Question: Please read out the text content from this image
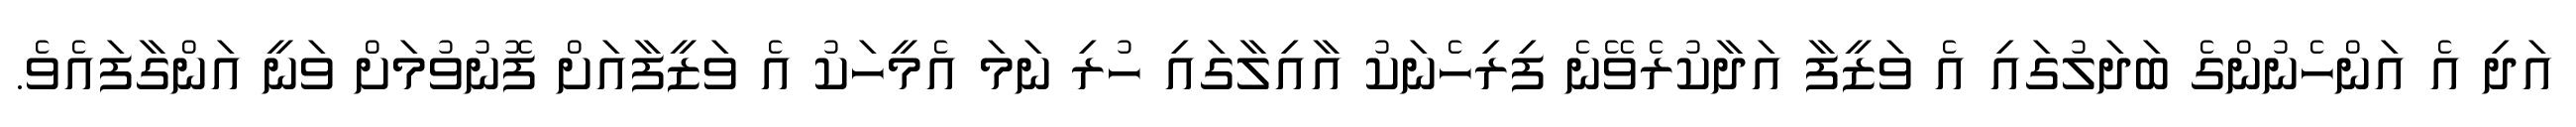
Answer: އަދި އެ އަންހެނުންގެ ބަދަލުގައި އެ ވަޒީފާ އަދާކުރެވޭނެ ފިރިހެނަކު އާއިލާގައި ހުރި ނަމަ އެމީހަކު އެ ވަޒީފާއަށް ފޮނުވުމަށް ވަނީ އަންގާފައެވެ.